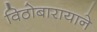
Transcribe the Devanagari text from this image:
विठोबारायाने